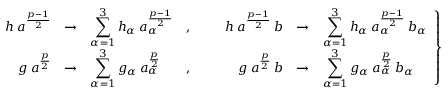
\left. \begin{array} { r c l c r c l } { { h \: a ^ { \frac { p - 1 } { 2 } } } } & { { \rightarrow } } & { { \displaystyle \sum _ { \alpha = 1 } ^ { 3 } h _ { \alpha } \: a _ { \alpha } ^ { \frac { p - 1 } { 2 } } } } & { { , \; \; \; \; \; \; } } & { { h \: a ^ { \frac { p - 1 } { 2 } } \: b } } & { { \rightarrow } } & { { \displaystyle \sum _ { \alpha = 1 } ^ { 3 } h _ { \alpha } \: a _ { \alpha } ^ { \frac { p - 1 } { 2 } } \: b _ { \alpha } } } \\ { { g \: a ^ { \frac { p } { 2 } } } } & { { \rightarrow } } & { { \displaystyle \sum _ { \alpha = 1 } ^ { 3 } g _ { \alpha } \: a _ { \alpha } ^ { \frac { p } { 2 } } } } & { { , \; \; \; \; \; \; } } & { { g \: a ^ { \frac { p } { 2 } } \: b } } & { { \rightarrow } } & { { \displaystyle \sum _ { \alpha = 1 } ^ { 3 } g _ { \alpha } \: a _ { \alpha } ^ { \frac { p } { 2 } } \: b _ { \alpha } } } \end{array} \right\}